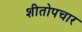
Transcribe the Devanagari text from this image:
शीतोपचार